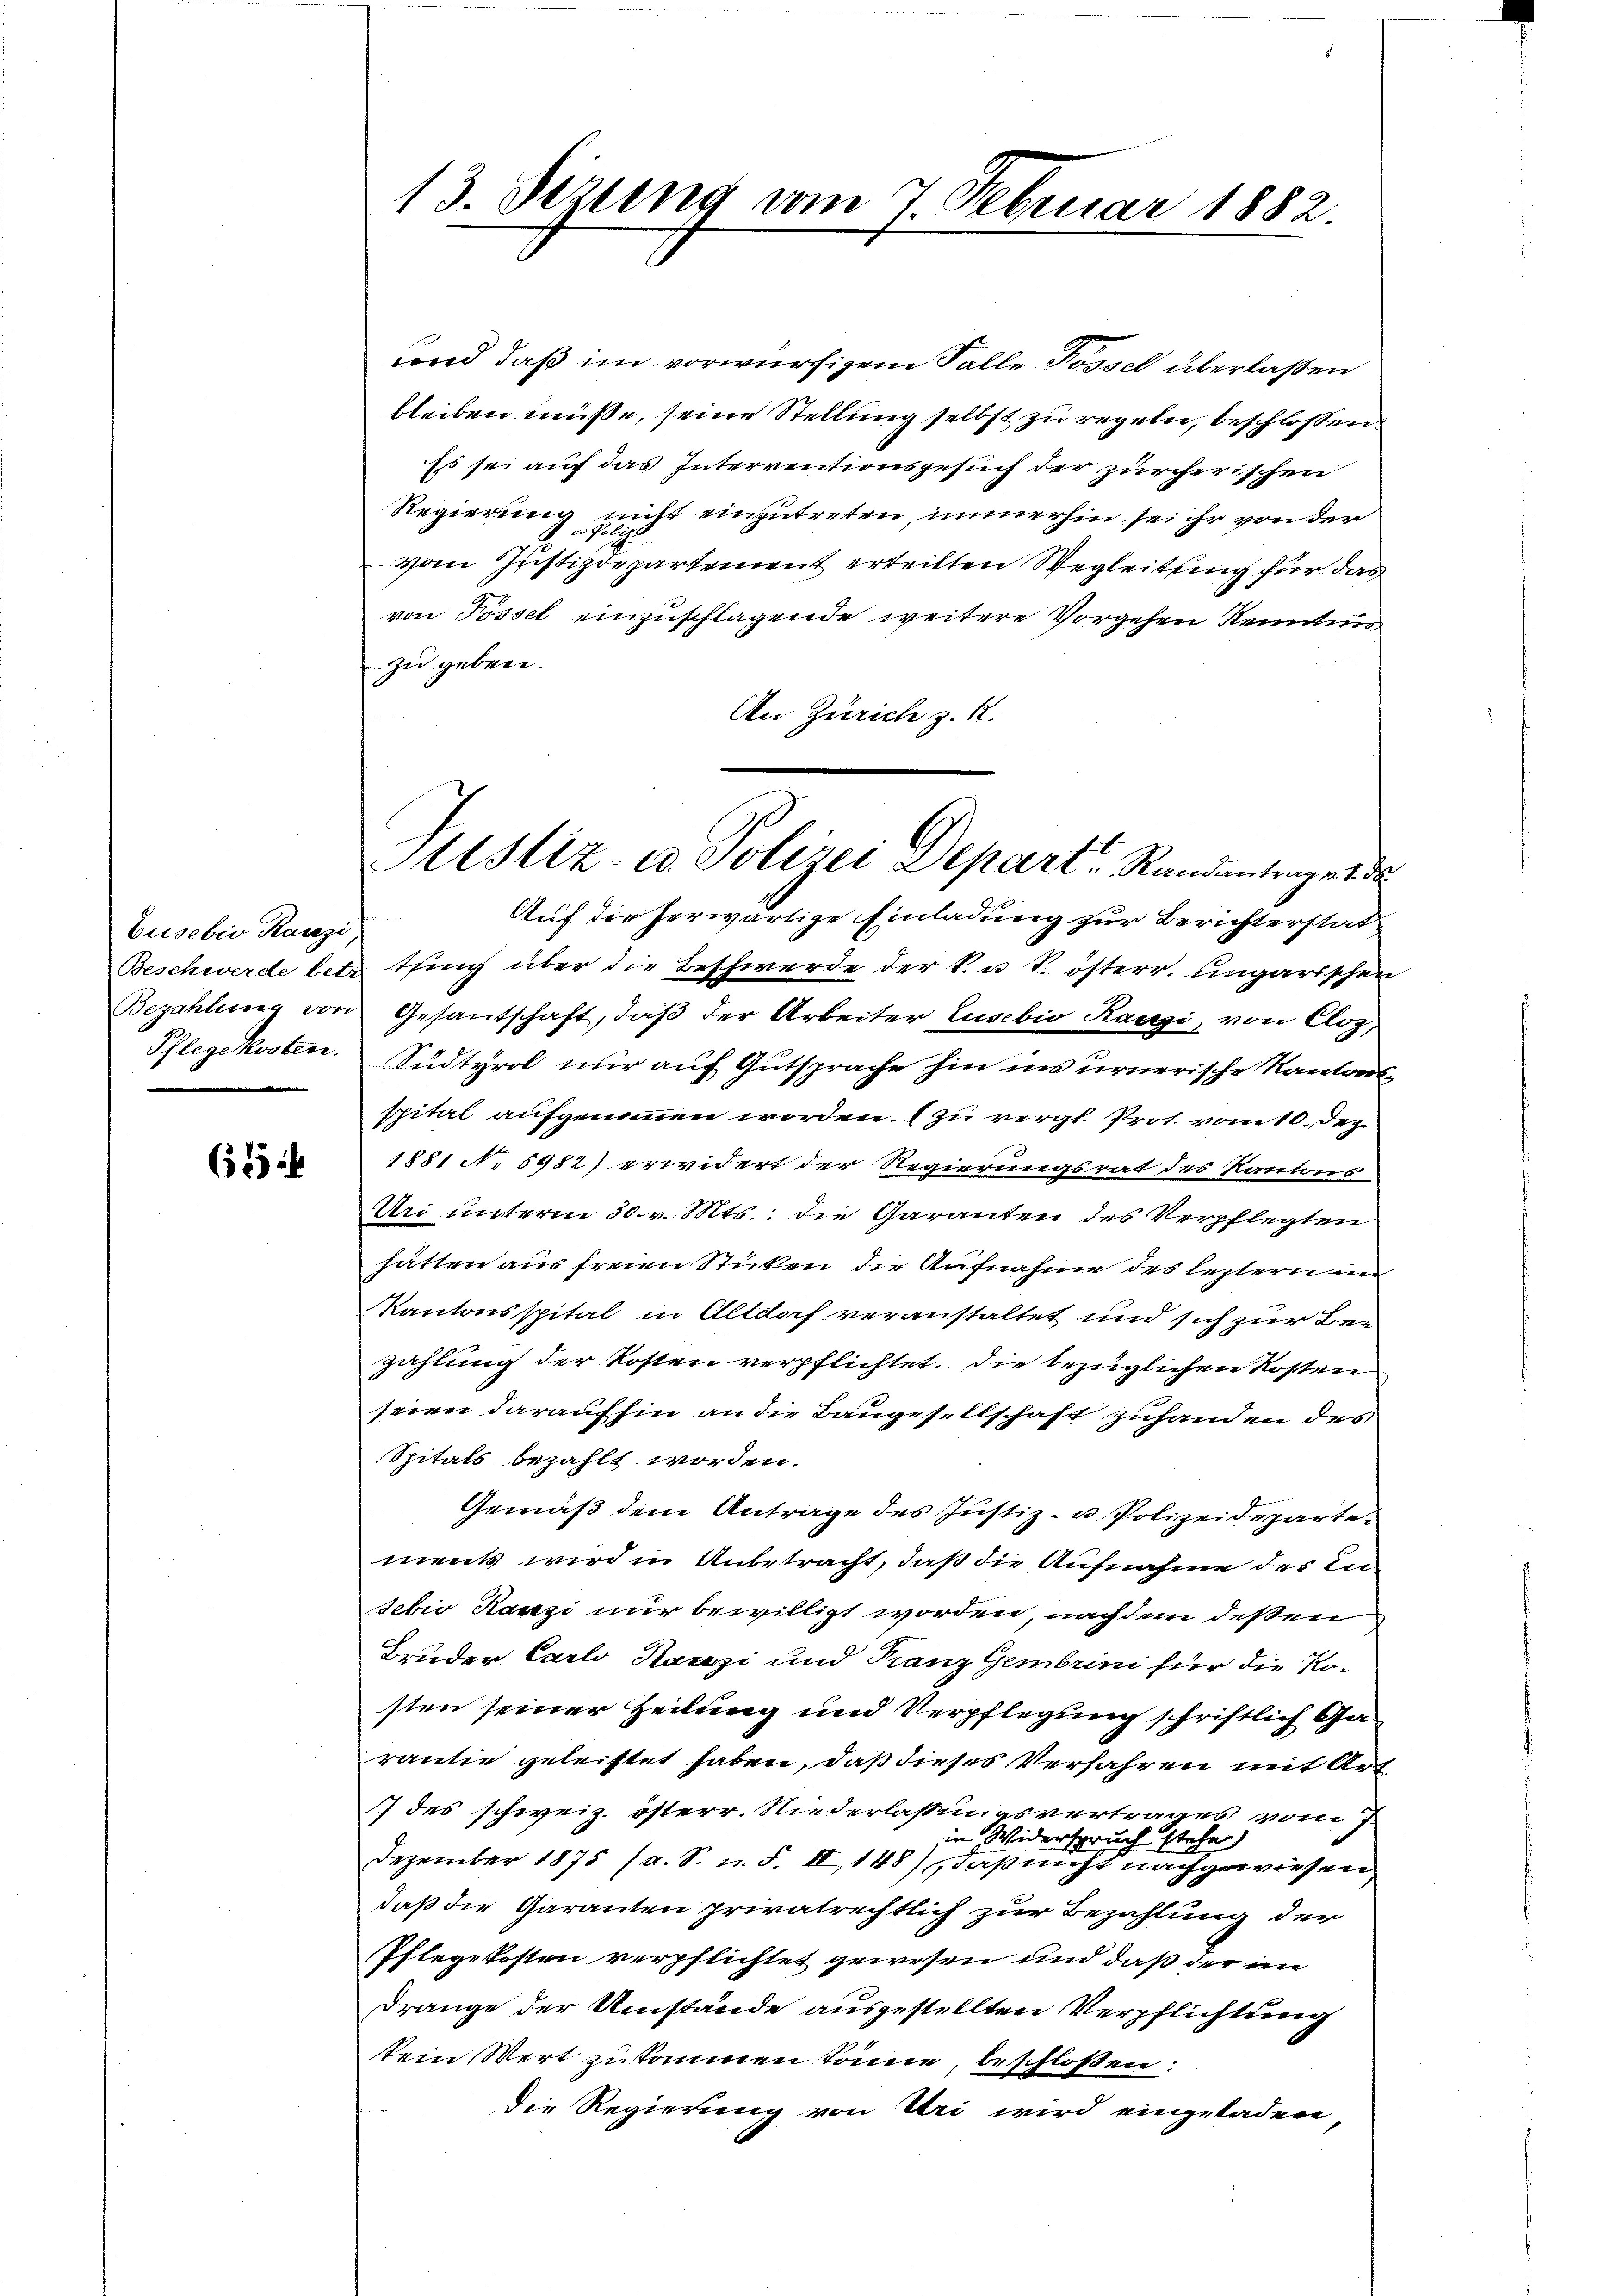
busebio Ranzi
Phlegekosten.

65

13. Sizung vom 7. Februar 1882.

vond, daß im vorwürfigem Falle Possel überlaßen
bleiben müsse, seine Stellung selbst zu regeln, beschlossen
Es sei auf das Interrentionsgesuch der zürcherischen
Regierung nicht einzutreten, immerhin sei ihr von der
vom Justizdepartement erteilten Wegleitung für das
von Possel einzuschlagende weitere Vorgehen Kenntnis
zu geben.
An Zürich z. R.

Justiz- u. Polizei Depart Randentrage d

Auf die herwärtige Einladung zur Berichterstat¬
Beschwerde betr. Pfing über die Beschwerde der k. u. S. österr. ungarischen
Bezahlung von Gesantschaft, daβ der Arbeiter Lusebio Rangi, von Cloz,
Sudtyrol nur auf Gutsprache hin ins urnerische Kantonsspital aufgenommen worden. (zu vergl. Prot. vom 10. Dez.
1881 N. 5982) erwidert der Regierungsrat des Kantons-
Uri unterm 30. v. Mts. die Garanten des Verpflegten
hätten aus freien Sticken die Aufnahme des leztern in
Kantonsspital in Altdorf veranstaltet und sich zur Bezahlung der Kosten verpflichtet, die bezüglichen Kosten
seien daraufhin an die Baugesellschaft zuhanden des
Spitals bezahlt worden.
Gemäß dem Antrage des Justiz- u. Polizeideparte
ments wird in Anbetracht, daß die Aufnahme des In
sebio Ranzi nur bewilligt worden, nachdem deßen
Bruder Carlo Kaczi und Franz Gembrini für die Kosten seiner Heilung und Verpflegung schriftlich Garantie geleistet haben, daß dieses Verfahren mit Art
77 des schweiz. österr. Niederlaßungsvertrages vom
in Widerspruch stehe
Dezember 1875 (a. S. n. F. II, 148) daß nicht nachgewiesen,
daß die Garanten privatrechtlich zur Bezahlung der
Pflegekosten verpflichtet gewesen und daß der im
Drange der Umstände ausgestellten Verpflichtung
kein Wert zukommen könne, beschlossen:
die Regierung von Uri wird eingeladen,